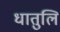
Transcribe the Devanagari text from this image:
धातुलि